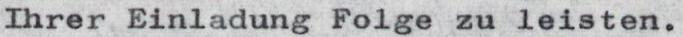
Ihrer Einladung Folge zu leisten.